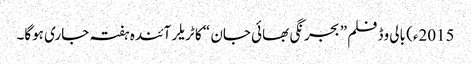
2015ء) بالی وڈ فلم ” بجرنگی بھائی جان “ کا ٹریلر آئندہ ہفتہ جاری ہوگا۔